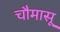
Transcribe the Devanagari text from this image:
चौमासू